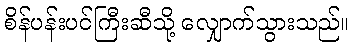
စိန်ပန်းပင်ကြီးဆီသို့ လျှောက်သွားသည်။